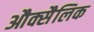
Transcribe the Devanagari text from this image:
औक्सैलिक